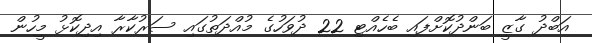
އަބްދު ގާޒީ ބަންދުކޮށްފައި ބެހެއްޓި 22 ދުވަހުގެ މުއްދަތުގައި ސަރުކާރާ އިދިކޮޅު މީހުން